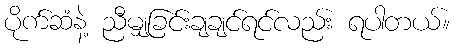
ပိုက်ဆံနဲ့ ညီမျှခြင်းချချင်ရင်လည်း ရပါတယ်။